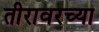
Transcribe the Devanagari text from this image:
तीरावरच्या